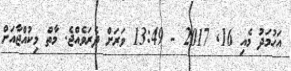
އަހުމަދު މެއި 16